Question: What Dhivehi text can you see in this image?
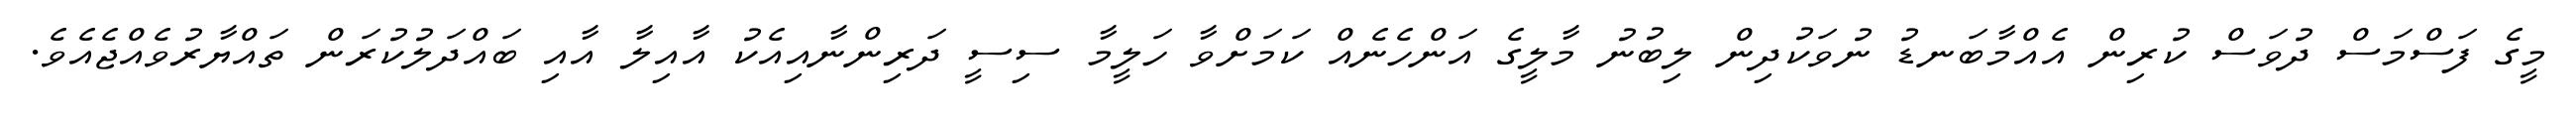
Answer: މީގެ ފަސްމަސް ދުވަސް ކުރިން އެއްމާބަނޑު ނުވަކުދިން ލިބުނު މާލީގެ އަންހެނެއް ކަމަށްވާ ހަލީމާ ސިސީ ދަރިންނާއިއެކު އާއިލާ އާއި ބައްދަލުކުރަން ތައްޔާރުވެއްޖެއެވެ.